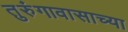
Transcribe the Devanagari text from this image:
तुरुंगावासाच्या